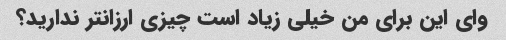
وای این برای من خیلی زیاد است چیزی ارزانتر ندارید؟